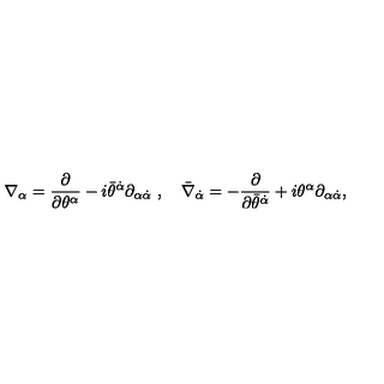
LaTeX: \nabla _ { \alpha } = \frac { \partial } { \partial \theta ^ { \alpha } } - i \bar { \theta } ^ { \dot { \alpha } } \partial _ { \alpha { \dot { \alpha } } } \ , \quad \bar { \nabla } _ { \dot { \alpha } } = - \frac { \partial } { \partial \bar { \theta } ^ { \dot { \alpha } } } + i \theta ^ { \alpha } \partial _ { \alpha { \dot { \alpha } } } ,